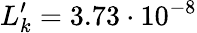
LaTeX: L_{k}^{\prime}=3.73\cdot 10^{-8}